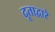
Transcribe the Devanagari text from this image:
दूताद्वारे